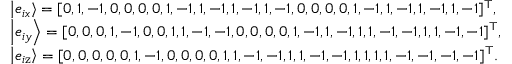
\begin{array} { l } { \left| { { e _ { i x } } } \right\rangle = { [ 0 , 1 , - 1 , 0 , 0 , 0 , 0 , 1 , - 1 , 1 , - 1 , 1 , - 1 , 1 , - 1 , 0 , 0 , 0 , 0 , 1 , - 1 , 1 , - 1 , 1 , - 1 , 1 , - 1 ] ^ { \top } } , } \\ { \left| { { e _ { i y } } } \right\rangle = { [ 0 , 0 , 0 , 1 , - 1 , 0 , 0 , 1 , 1 , - 1 , - 1 , 0 , 0 , 0 , 0 , 1 , - 1 , 1 , - 1 , 1 , 1 , - 1 , - 1 , 1 , 1 , - 1 , - 1 ] ^ { \top } } , } \\ { \left| { { e _ { i \mathrm { { z } } } } } \right\rangle = { [ 0 , 0 , 0 , 0 , 0 , 1 , - 1 , 0 , 0 , 0 , 0 , 1 , 1 , - 1 , - 1 , 1 , 1 , - 1 , - 1 , 1 , 1 , 1 , 1 , - 1 , - 1 , - 1 , - 1 ] ^ { \top } } . } \end{array}